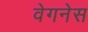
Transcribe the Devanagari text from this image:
वेगनेस